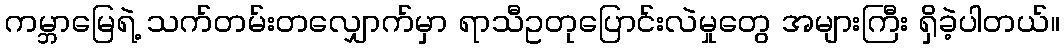
ကမ္ဘာမြေရဲ့ သက်တမ်းတလျှောက်မှာ ရာသီဥတုပြောင်းလဲမှုတွေ အများကြီး ရှိခဲ့ပါတယ်။